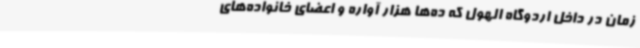
زمان در داخل اردوگاه الهول که ده‌ها هزار آواره و اعضای خانواده‌های